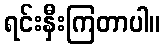
ရင်းနှီးကြတာပါ။